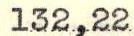
132,22